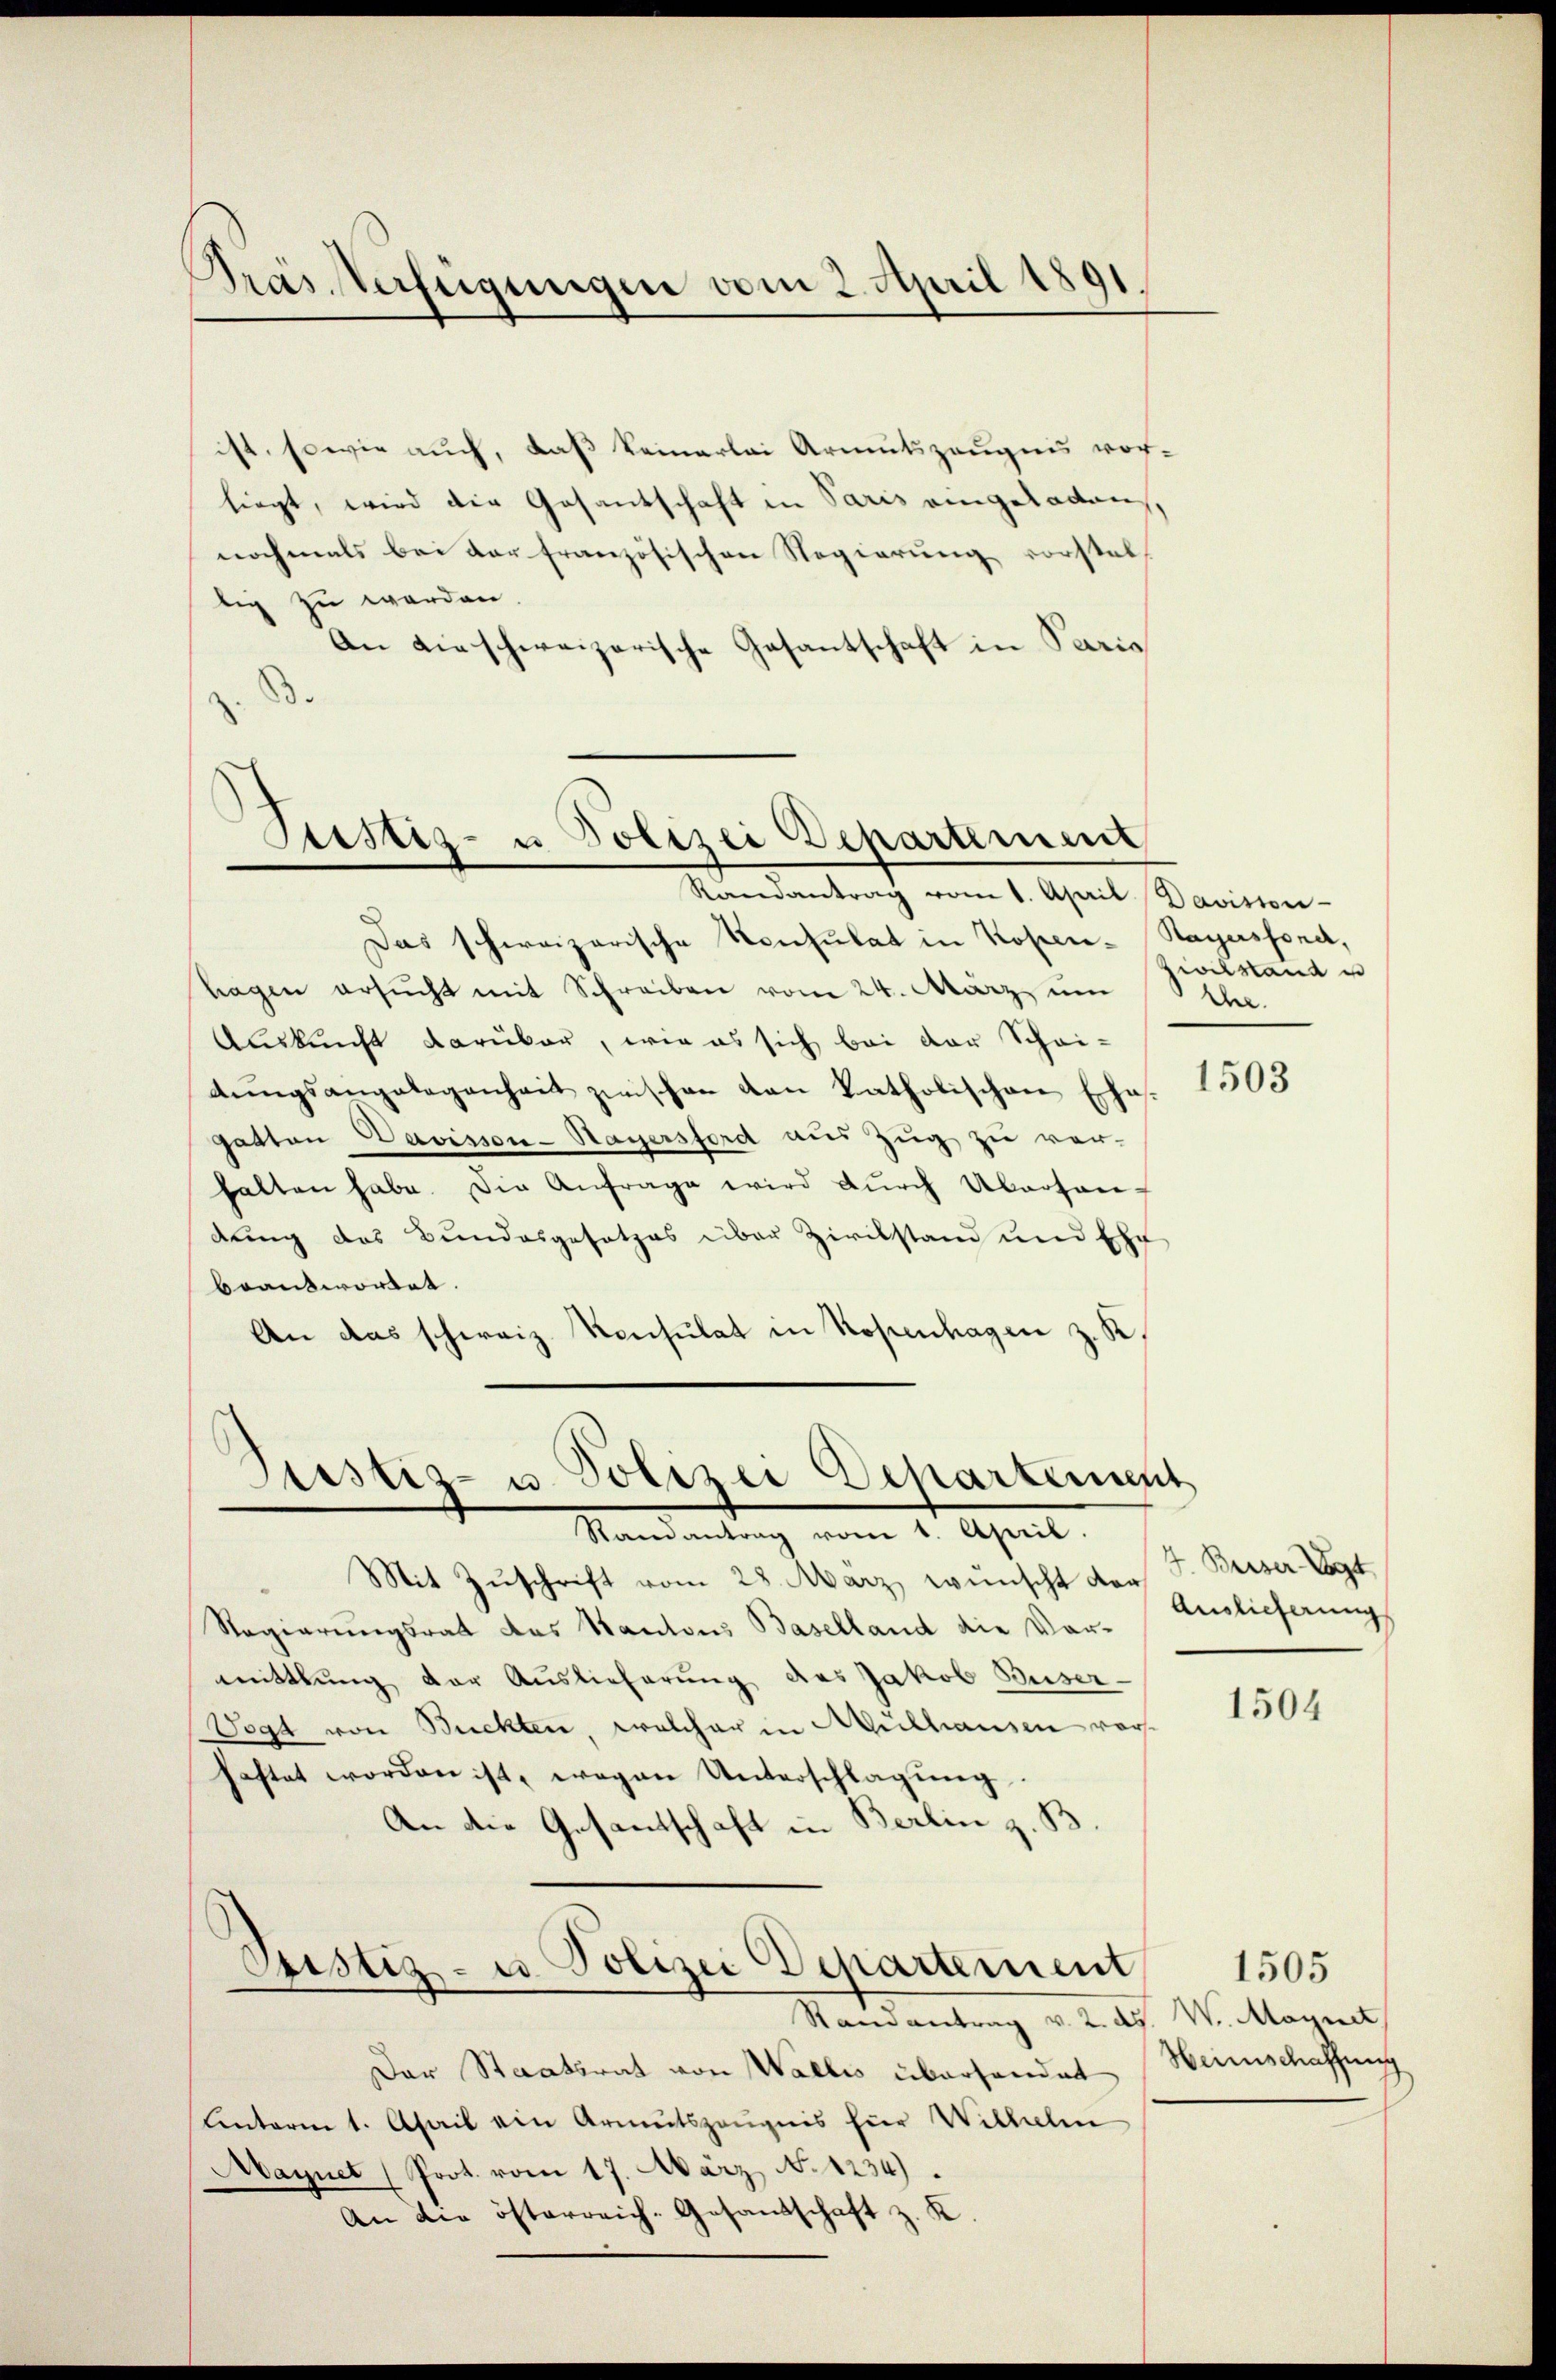
Pras Verfügungen vom 2. April 1891

ist, sowie auch, daß keinerlei Armutszeugnis vor-
liegt, wird die Gesantschaft in Paris eingeladen,
nochmals bei der französischen Regierung vorsteltig zu werden.
An dieschweizerische Gesantschaft in Paris

Justiz- u Polizei Departement
Randantrag vom 1. April Davision

Das schweizerische Konsulat in Kopen- Sagasfond,
hagen ersŭcht mit Schreiben vom 24. März um
Auskunft darüber, wie es sich bei der Schei-
dŭngsangelegenheit zwischen von Katholischen Erhe
gatten Davisson-Hayersford aus Zug zu ver-
halten habe. Die Anfrage wird durch Abarten-
dung das Bundesgesetzes über Zivilstand und Ehr
beantwortet.
An das schweiz. Konsulat in Kopenhagen z. R.

Justiz- u. Polizei Departement
Stand Art. 7. Seine Art.

Mit Zuschrift vom 28. März wünscht der
Regierungsrat des Kantons Baselland die Vor-
mittlung der Auslieferung des Jakob Buser-
Vogt von Buckten, welcher in Mülhausen vorhaftet worden ist, wegen Unterschlagung
An die Gesantschaft in Berlin z. B

.
Sistiz- u. Polizei Departement
Randantrag v. 2. ds. W. Magnet,

Der Staatsrat von Wallis überhandet
Unterm 1. April ein Armutszeugnis hier Wilhelm
Maynet (Prot. vom 17. März No. 1234).
An die österreich-Gesandschaft z. K

Zivilstand u
de.

1503

Auslieferung

1504

1505
Heimschaffung